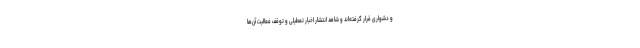
و دشواری قرار گرفته‌اند و شاهد انتشار اخبار تعطیلی و توقف فعالیت آن‌ها